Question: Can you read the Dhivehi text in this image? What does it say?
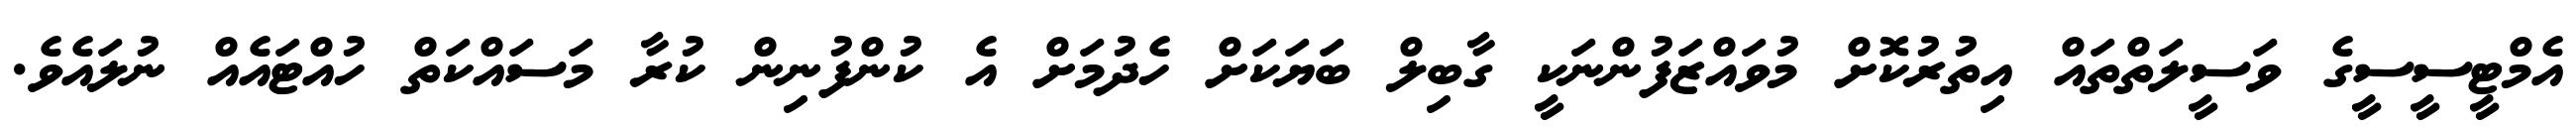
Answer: އެމްޓީސީސީގެ ވަސީލަތްތައް އިތުރުކޮށް މުވައްޒަފުންނަކީ ގާބިލް ބަޔަކަށް ހެދުމަށް އެ ކުންފުނިން ކުރާ މަސައްކަތް ހުއްޓައެއް ނުލައެވެ.